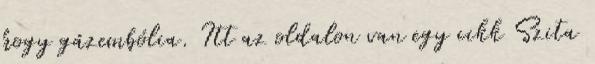
hogy gázembólia. Itt az oldalon van egy cikk Szita